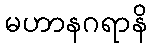
မဟာနဂရာနိ